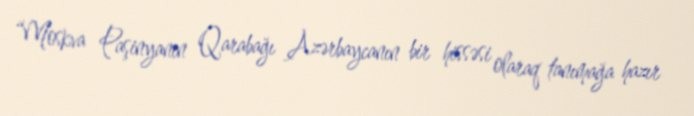
“Moskva Paşinyanın Qarabağı Azərbaycanın bir hissəsi olaraq tanımağa hazır